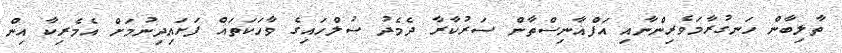
ތާލިބާން ހަނގުރާމަވެރިންނާއި އަފްޣާނިސްތާން ސަރުކާރާ ދެމެދު ސުލްހައިގެ ވާހަކަތައް ފަށައިދިނުމަށް އެމެރިކާ އިން